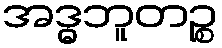
အဒ္ဓဘူတဉ္စ